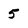
Character: 5